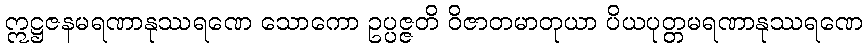
ဣဋ္ဌဇနမရဏာနုဿရဏေ သောကော ဥပ္ပဇ္ဇတိ ဝိဇာတမာတုယာ ပိယပုတ္တမရဏာနုဿရဏေ